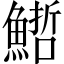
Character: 𩺢